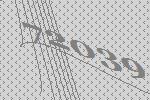
72039